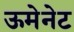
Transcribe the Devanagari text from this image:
ऊमेनेट